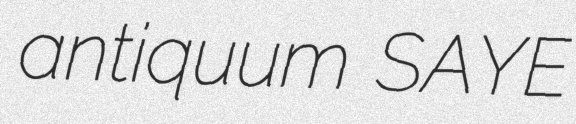
antiquum SAYE